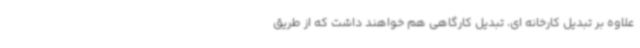
علاوه بر تبدیل کارخانه ای، تبدیل کارگاهی هم خواهند داشت که از طریق